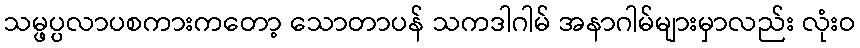
သမ္ဖပ္ပလာပစကားကတော့ သောတာပန် သကဒါဂါမ် အနာဂါမ်များမှာလည်း လုံးဝ